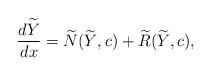
LaTeX: \begin{align*}\frac{d\widetilde Y}{dx} = \widetilde N(\widetilde Y,c) +\widetilde R(\widetilde Y,c),\end{align*}